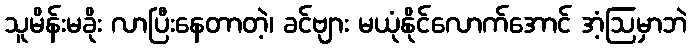
သူမိန်းမခိုး လာပြီးနေတာတဲ့၊ ခင်ဗျား မယုံနိုင်လောက်အောင် အံ့ဩမှာဘဲ